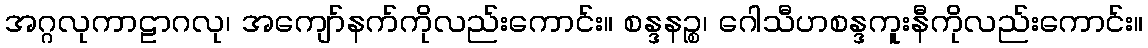
အဂ္ဂလုကာဠာဂလု၊ အကျော်နက်ကိုလည်းကောင်း။ စန္ဒနဉ္စ၊ ဂေါသီဟစန္ဒကူးနီကိုလည်းကောင်း။